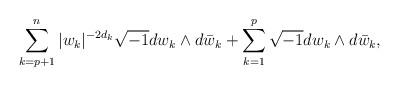
LaTeX: \begin{align*}\sum_{k=p+1}^n |w_k|^{-2d_k}\sqrt{-1} dw_k\wedge d\bar{w}_k+\sum_{k=1}^{p}\sqrt{-1} dw_k\wedge d\bar{w}_k,\end{align*}